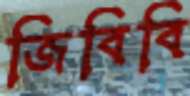
জিবিবি